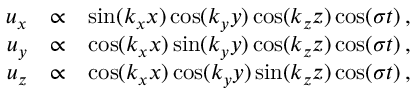
\begin{array} { r l r } { u _ { x } } & { \propto } & { \sin ( k _ { x } x ) \cos ( k _ { y } y ) \cos ( k _ { z } z ) \cos ( \sigma t ) \, , } \\ { u _ { y } } & { \propto } & { \cos ( k _ { x } x ) \sin ( k _ { y } y ) \cos ( k _ { z } z ) \cos ( \sigma t ) \, , } \\ { u _ { z } } & { \propto } & { \cos ( k _ { x } x ) \cos ( k _ { y } y ) \sin ( k _ { z } z ) \cos ( \sigma t ) \, , } \end{array}